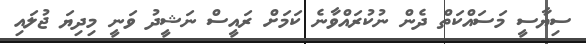
ސިޔާސީ މަސައްކަތް ދެން ނުކުރައްވާނެ ކަމަށް ރައީސް ނަޝީދު ވަނީ މިދިޔަ ޖުލައި